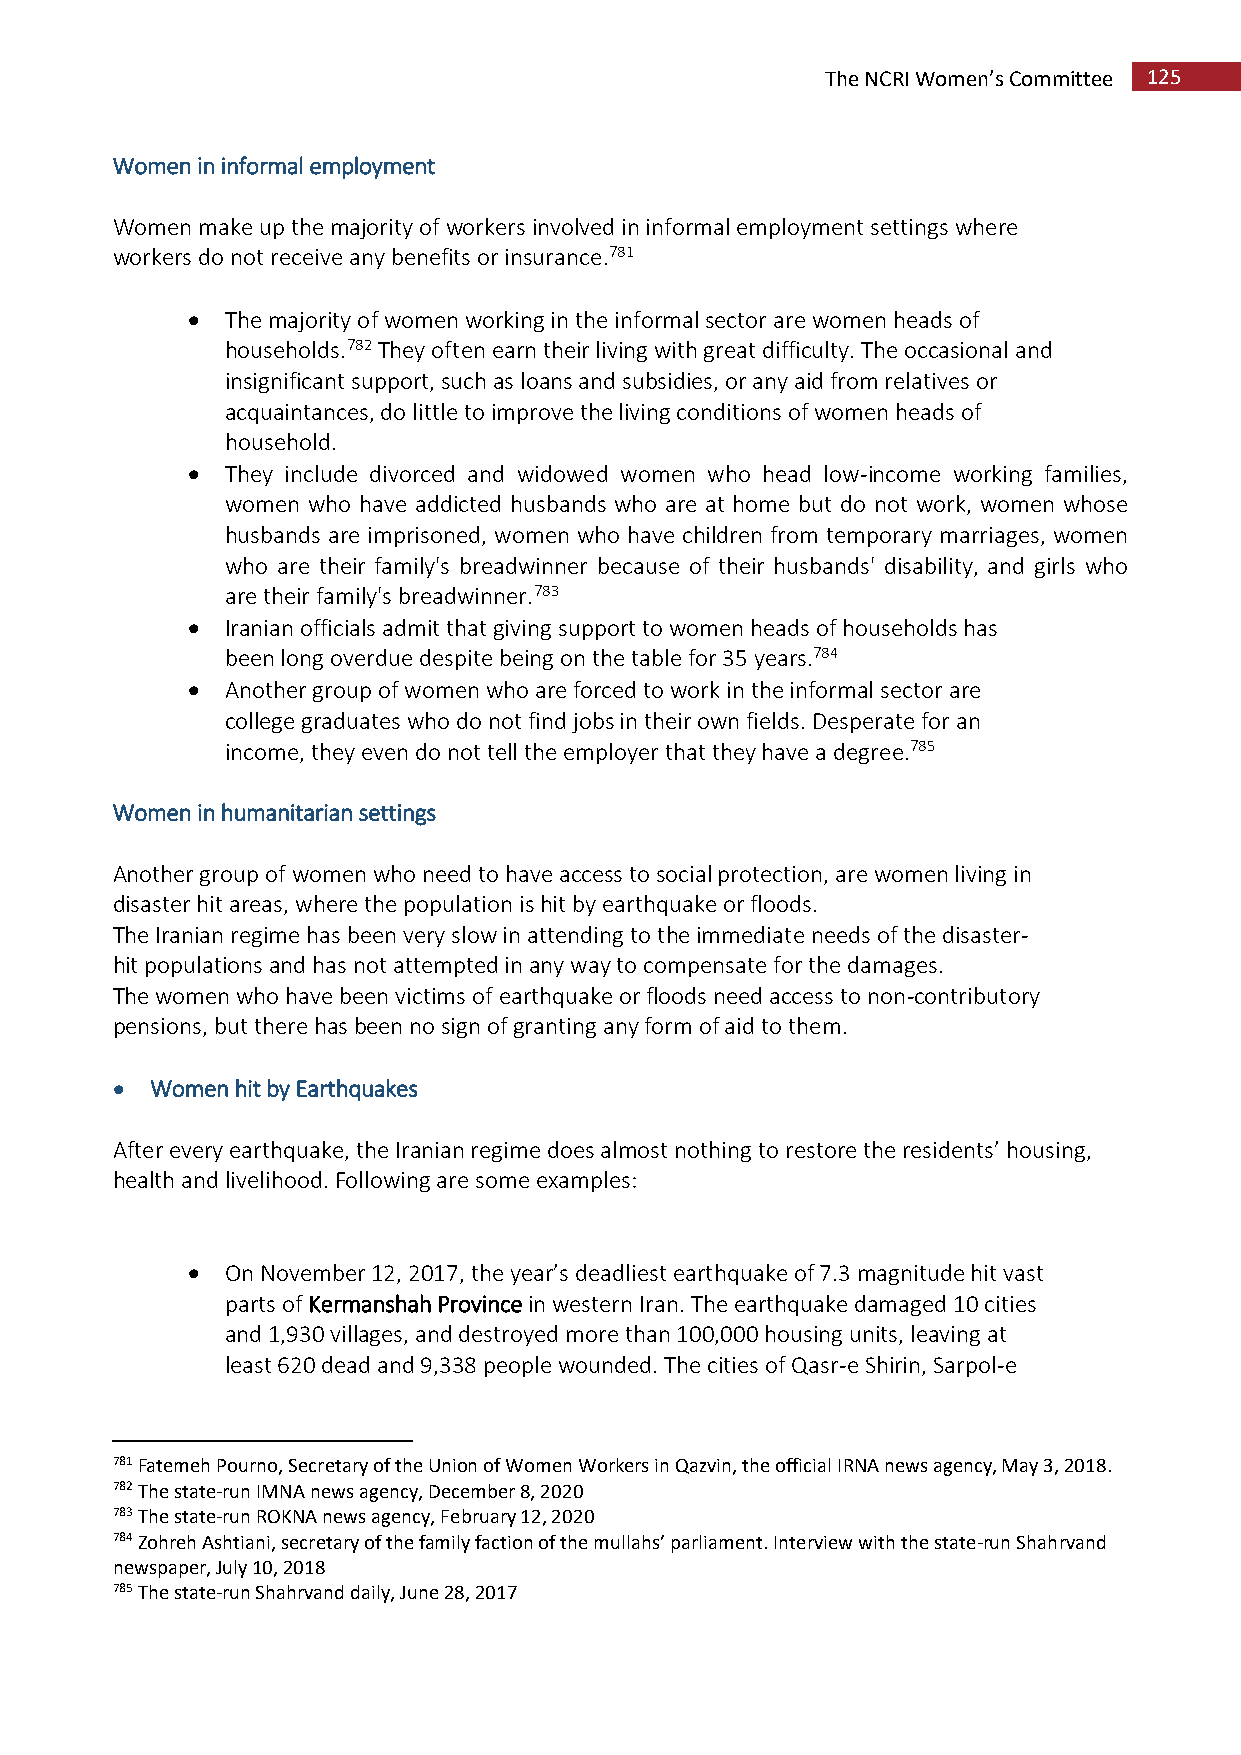
The NCRI Women’s Committee 125
 Women in informal employment
 Women make up the majority of workers involved in informal employment settings where
 workers do not receive any benefits or insurance.781
   The majority of women working in the informal sector are women heads of
 households.782 They often earn their living with great difficulty. The occasional and
 insignificant support, such as loans and subsidies, or any aid from relatives or
 acquaintances, do little to improve the living conditions of women heads of
 household.
   They include divorced and widowed women who head low-income working families,
 women who have addicted husbands who are at home but do not work, women whose
 husbands are imprisoned, women who have children from temporary marriages, women
 who are their family's breadwinner because of their husbands' disability, and girls who
 are their family's breadwinner.783
   Iranian officials admit that giving support to women heads of households has
 been long overdue despite being on the table for 35 years.784
   Another group of women who are forced to work in the informal sector are
 college graduates who do not find jobs in their own fields. Desperate for an
 income, they even do not tell the employer that they have a degree.785
 Women in humanitarian settings
 Another group of women who need to have access to social protection, are women living in
 disaster hit areas, where the population is hit by earthquake or floods.
 The Iranian regime has been very slow in attending to the immediate needs of the disaster-
 hit populations and has not attempted in any way to compensate for the damages.
 The women who have been victims of earthquake or floods need access to non-contributory
 pensions, but there has been no sign of granting any form of aid to them.
   Women hit by Earthquakes
 After every earthquake, the Iranian regime does almost nothing to restore the residents’ housing,
 health and livelihood. Following are some examples:
   On November 12, 2017, the year’s deadliest earthquake of 7.3 magnitude hit vast
 parts of Kermanshah Province in western Iran. The earthquake damaged 10 cities
 and 1,930 villages, and destroyed more than 100,000 housing units, leaving at
 least 620 dead and 9,338 people wounded. The cities of Qasr-e Shirin, Sarpol-e
 781 Fatemeh Pourno, Secretary of the Union of Women Workers in Qazvin, the official IRNA news agency, May 3, 2018.
 782 The state-run IMNA news agency, December 8, 2020
 783 The state-run ROKNA news agency, February 12, 2020
 784 Zohreh Ashtiani, secretary of the family faction of the mullahs’ parliament. Interview with the state-run Shahrvand
 newspaper, July 10, 2018
 785 The state-run Shahrvand daily, June 28, 2017